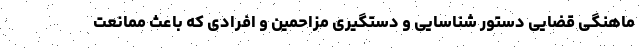
ماهنگی قضایی دستور شناسایی و دستگیری مزاحمین و افرادی که باعث ممانعت